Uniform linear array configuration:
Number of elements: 24
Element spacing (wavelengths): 0.75
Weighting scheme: kaiser
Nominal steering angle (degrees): -45
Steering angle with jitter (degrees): -43.522
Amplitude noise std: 0.05
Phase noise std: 0.05

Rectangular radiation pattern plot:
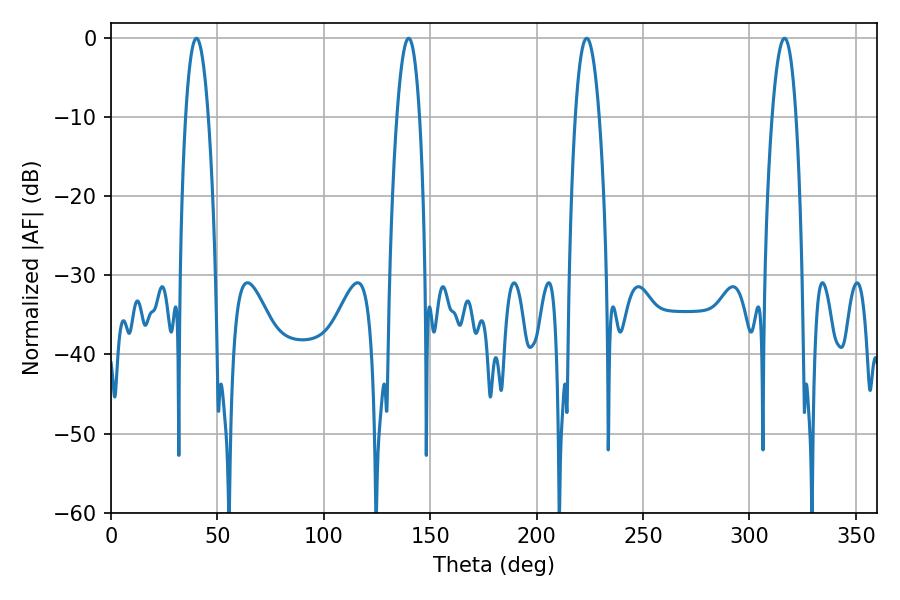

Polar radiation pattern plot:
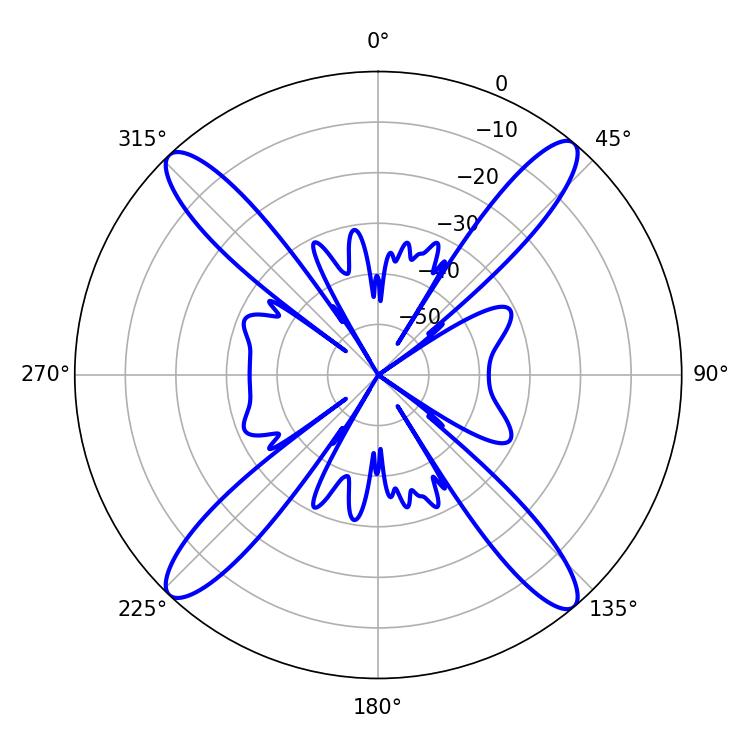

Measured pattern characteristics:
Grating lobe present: TRUE
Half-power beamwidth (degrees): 5.94
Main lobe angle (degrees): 40.14